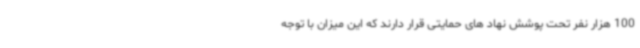
100 هزار نفر تحت پوشش نهاد های حمایتی قرار دارند که این میزان با توجه